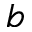
^ { b }